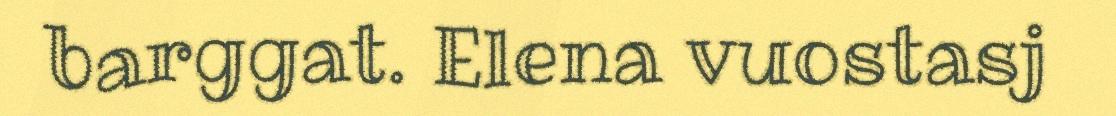
barggat. Elena vuostasj